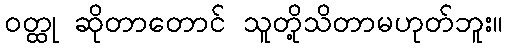
ဝတ္ထု ဆိုတာတောင် သူတို့သိတာမဟုတ်ဘူး။